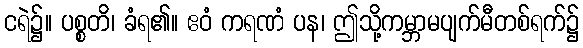
ငရဲ၌။ ပစ္စတိ၊ ခံရ၏။ ဧဝံ ကရဏံ ပန၊ ဤသို့ကမ္ဘာမပျက်မီတစ်ရက်၌